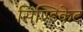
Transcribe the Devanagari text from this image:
सिण्डिकेट